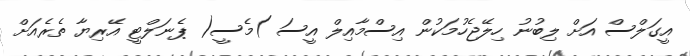
އީގަލްސް އަށް ލިބުނު ހިލޭޖެހުމަކުން އިސްމާއިލް އީސަ )މެސީ( ޕެނަލްޓީ އޭރިޔާ ތެރެއަށް